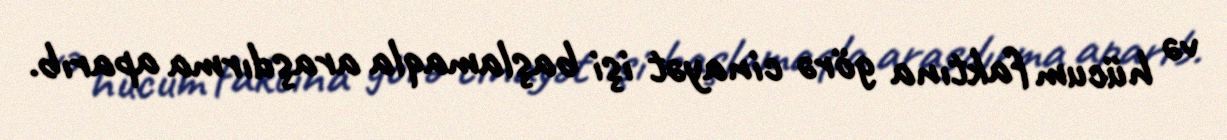
və hücum faktına görə cinayət işi başlamaqla araşdırma aparıb.